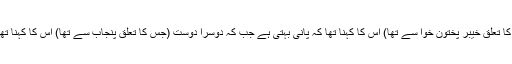
ایک دوست (جس کا تعلق خیبر پختون خوا سے تھا) اس کا کہنا تھا کہ پانی بہتی ہے جب کہ دوسرا دوست (جس کا تعلق پنجاب سے تھا) اس کا کہنا تھا کہ پانی بہتا ہے۔